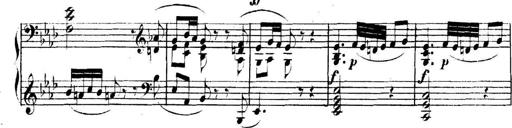
Title: Collected Piano Sonatas
Composer: Muzio Clementi